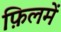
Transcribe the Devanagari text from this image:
फ़िलमें